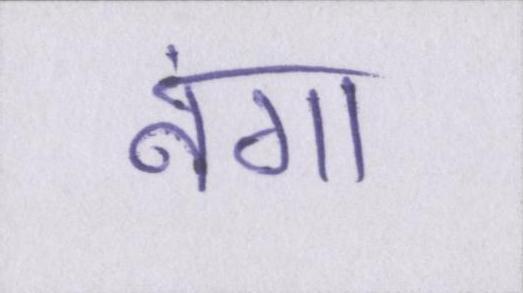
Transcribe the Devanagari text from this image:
नंगा